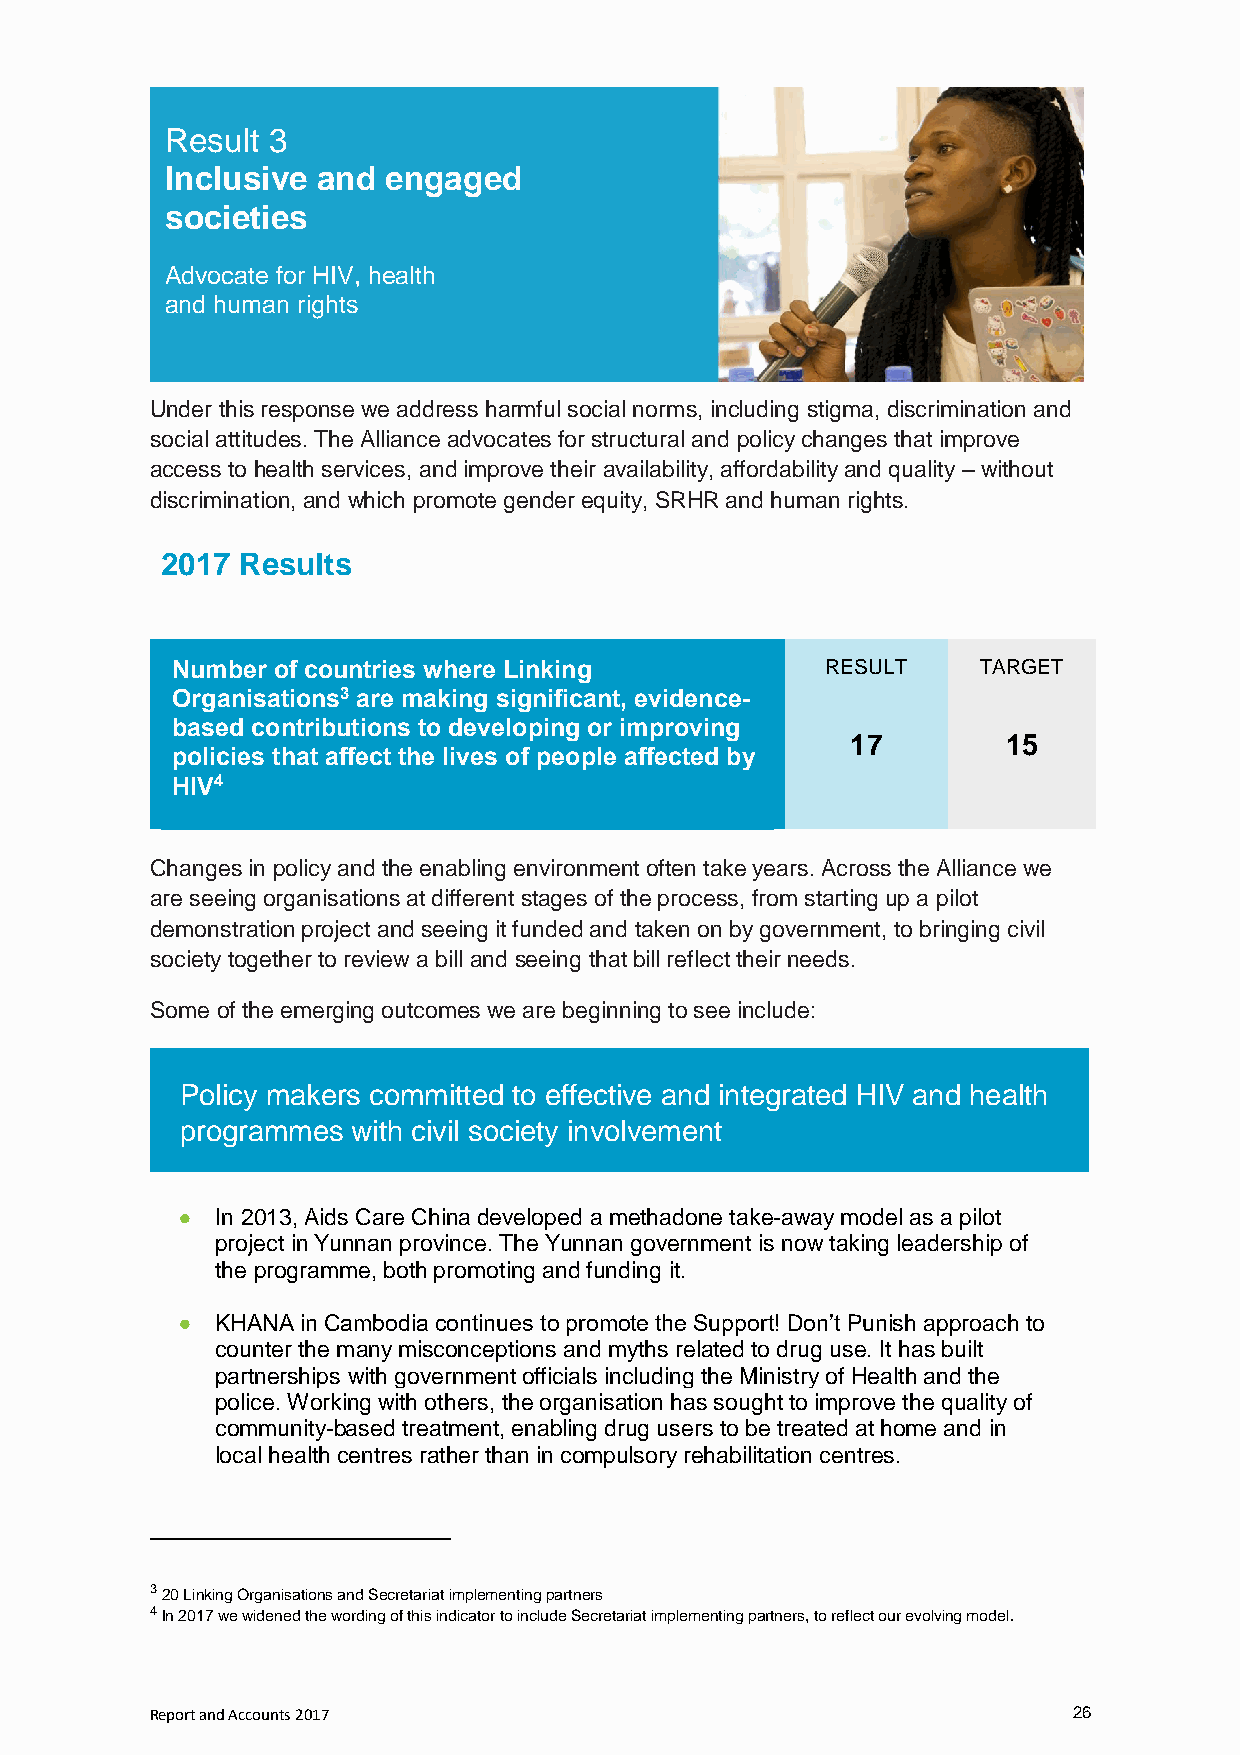
Result 3
 Inclusive and  engaged
 societies
 Advocate for HIV, health
 and human rights
 Under this response we address harmful social norms, including stigma, discrimination and
 social attitudes. The Alliance advocates for structural and policy changes that improve
 access to health services, and improve their availability, affordability and quality – without
 discrimination, and which promote gender equity, SRHR and human rights.
 2017 Results
 Number of countries where Linking           RESULT    TARGET
 Organisations3 are making significant, evidence-
 based contributions to developing or improving
 17         15
 policies that affect the lives of people affected by
 HIV4
 Changes in policy and the enabling environment often take years. Across the Alliance we
 are seeing organisations at different stages of the process, from starting up a pilot
 demonstration project and seeing it funded and taken on by government, to bringing civil
 society together to review a bill and seeing that bill reflect their needs.
 Some of the emerging outcomes we are beginning to see include:
 Policy makers committed to effective and integrated HIV and health
 programmes with civil society involvement
  In 2013, Aids Care China developed a methadone take-away model as a pilot
 project in Yunnan province. The Yunnan government is now taking leadership of
 the programme, both promoting and funding it.
  KHANA in Cambodia continues to promote the Support! Don’t Punish approach to
 counter the many misconceptions and myths related to drug use. It has built
 partnerships with government officials including the Ministry of Health and the
 police. Working with others, the organisation has sought to improve the quality of
 community-based treatment, enabling drug users to be treated at home and in
 local health centres rather than in compulsory rehabilitation centres.
 3 20 Linking Organisations and Secretariat implementing partners
 4 In 2017 we widened the wording of this indicator to include Secretariat implementing partners, to reflect our evolving model.
 Report and Accounts 2017                                     26